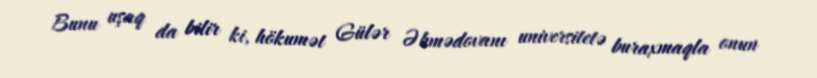
Bunu uşaq da bilir ki, hökumət Gülər Əhmədovanı universitetə buraxmaqla onun